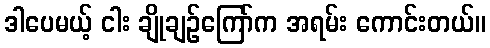
ဒါပေမယ့် ငါး ချိုချဉ်ကြော်က အရမ်း ကောင်းတယ်။